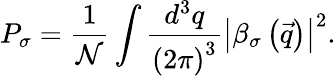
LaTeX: P_{\sigma}=\frac{1}{\mathcal{N}}\int\frac{d^{3}q}{\left(2\pi\right)^{3}}\left|\beta_{\sigma}\left(\vec{q}\right)\right|^{2}.